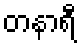
တနာရီ